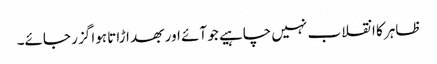
ظاہر کا انقلاب نہیں چاہیے جو آئے اور بھد اڑاتا ہوا گزر جائے۔